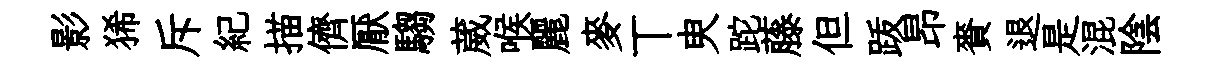
影狶斥紀描儕厭騶葳喉麗麥丅㬰跎藤但䟦昂賚退是混陰